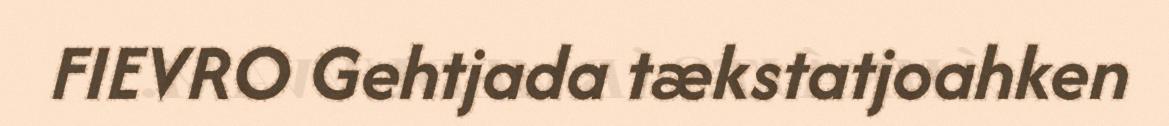
FIEVRO Gehtjada tækstatjoahken